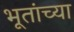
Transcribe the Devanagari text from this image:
भूतांच्या